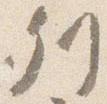
列